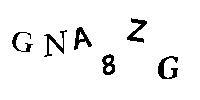
GNA8ZG